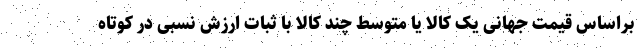
براساس قیمت جهانی یک کالا یا متوسط چند کالا با ثبات ارزش نسبی در کوتاه